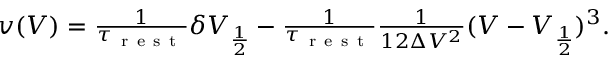
\begin{array} { r } { v ( V ) = \frac { 1 } { \tau _ { \mathrm { ~ r ~ e ~ s ~ t ~ } } } \delta V _ { \frac { 1 } { 2 } } - \frac { 1 } { \tau _ { \mathrm { ~ r ~ e ~ s ~ t ~ } } } \frac { 1 } { 1 2 \Delta V ^ { 2 } } ( V - V _ { \frac { 1 } { 2 } } ) ^ { 3 } . } \end{array}